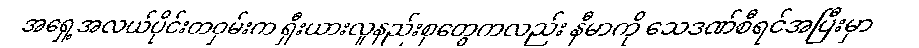
အရှေ့အလယ်ပိုင်းတဝှမ်းက ရှီးယားလူနည်းစုတွေကလည်း နီမာကို သေဒဏ်စီရင်အပြီးမှာ